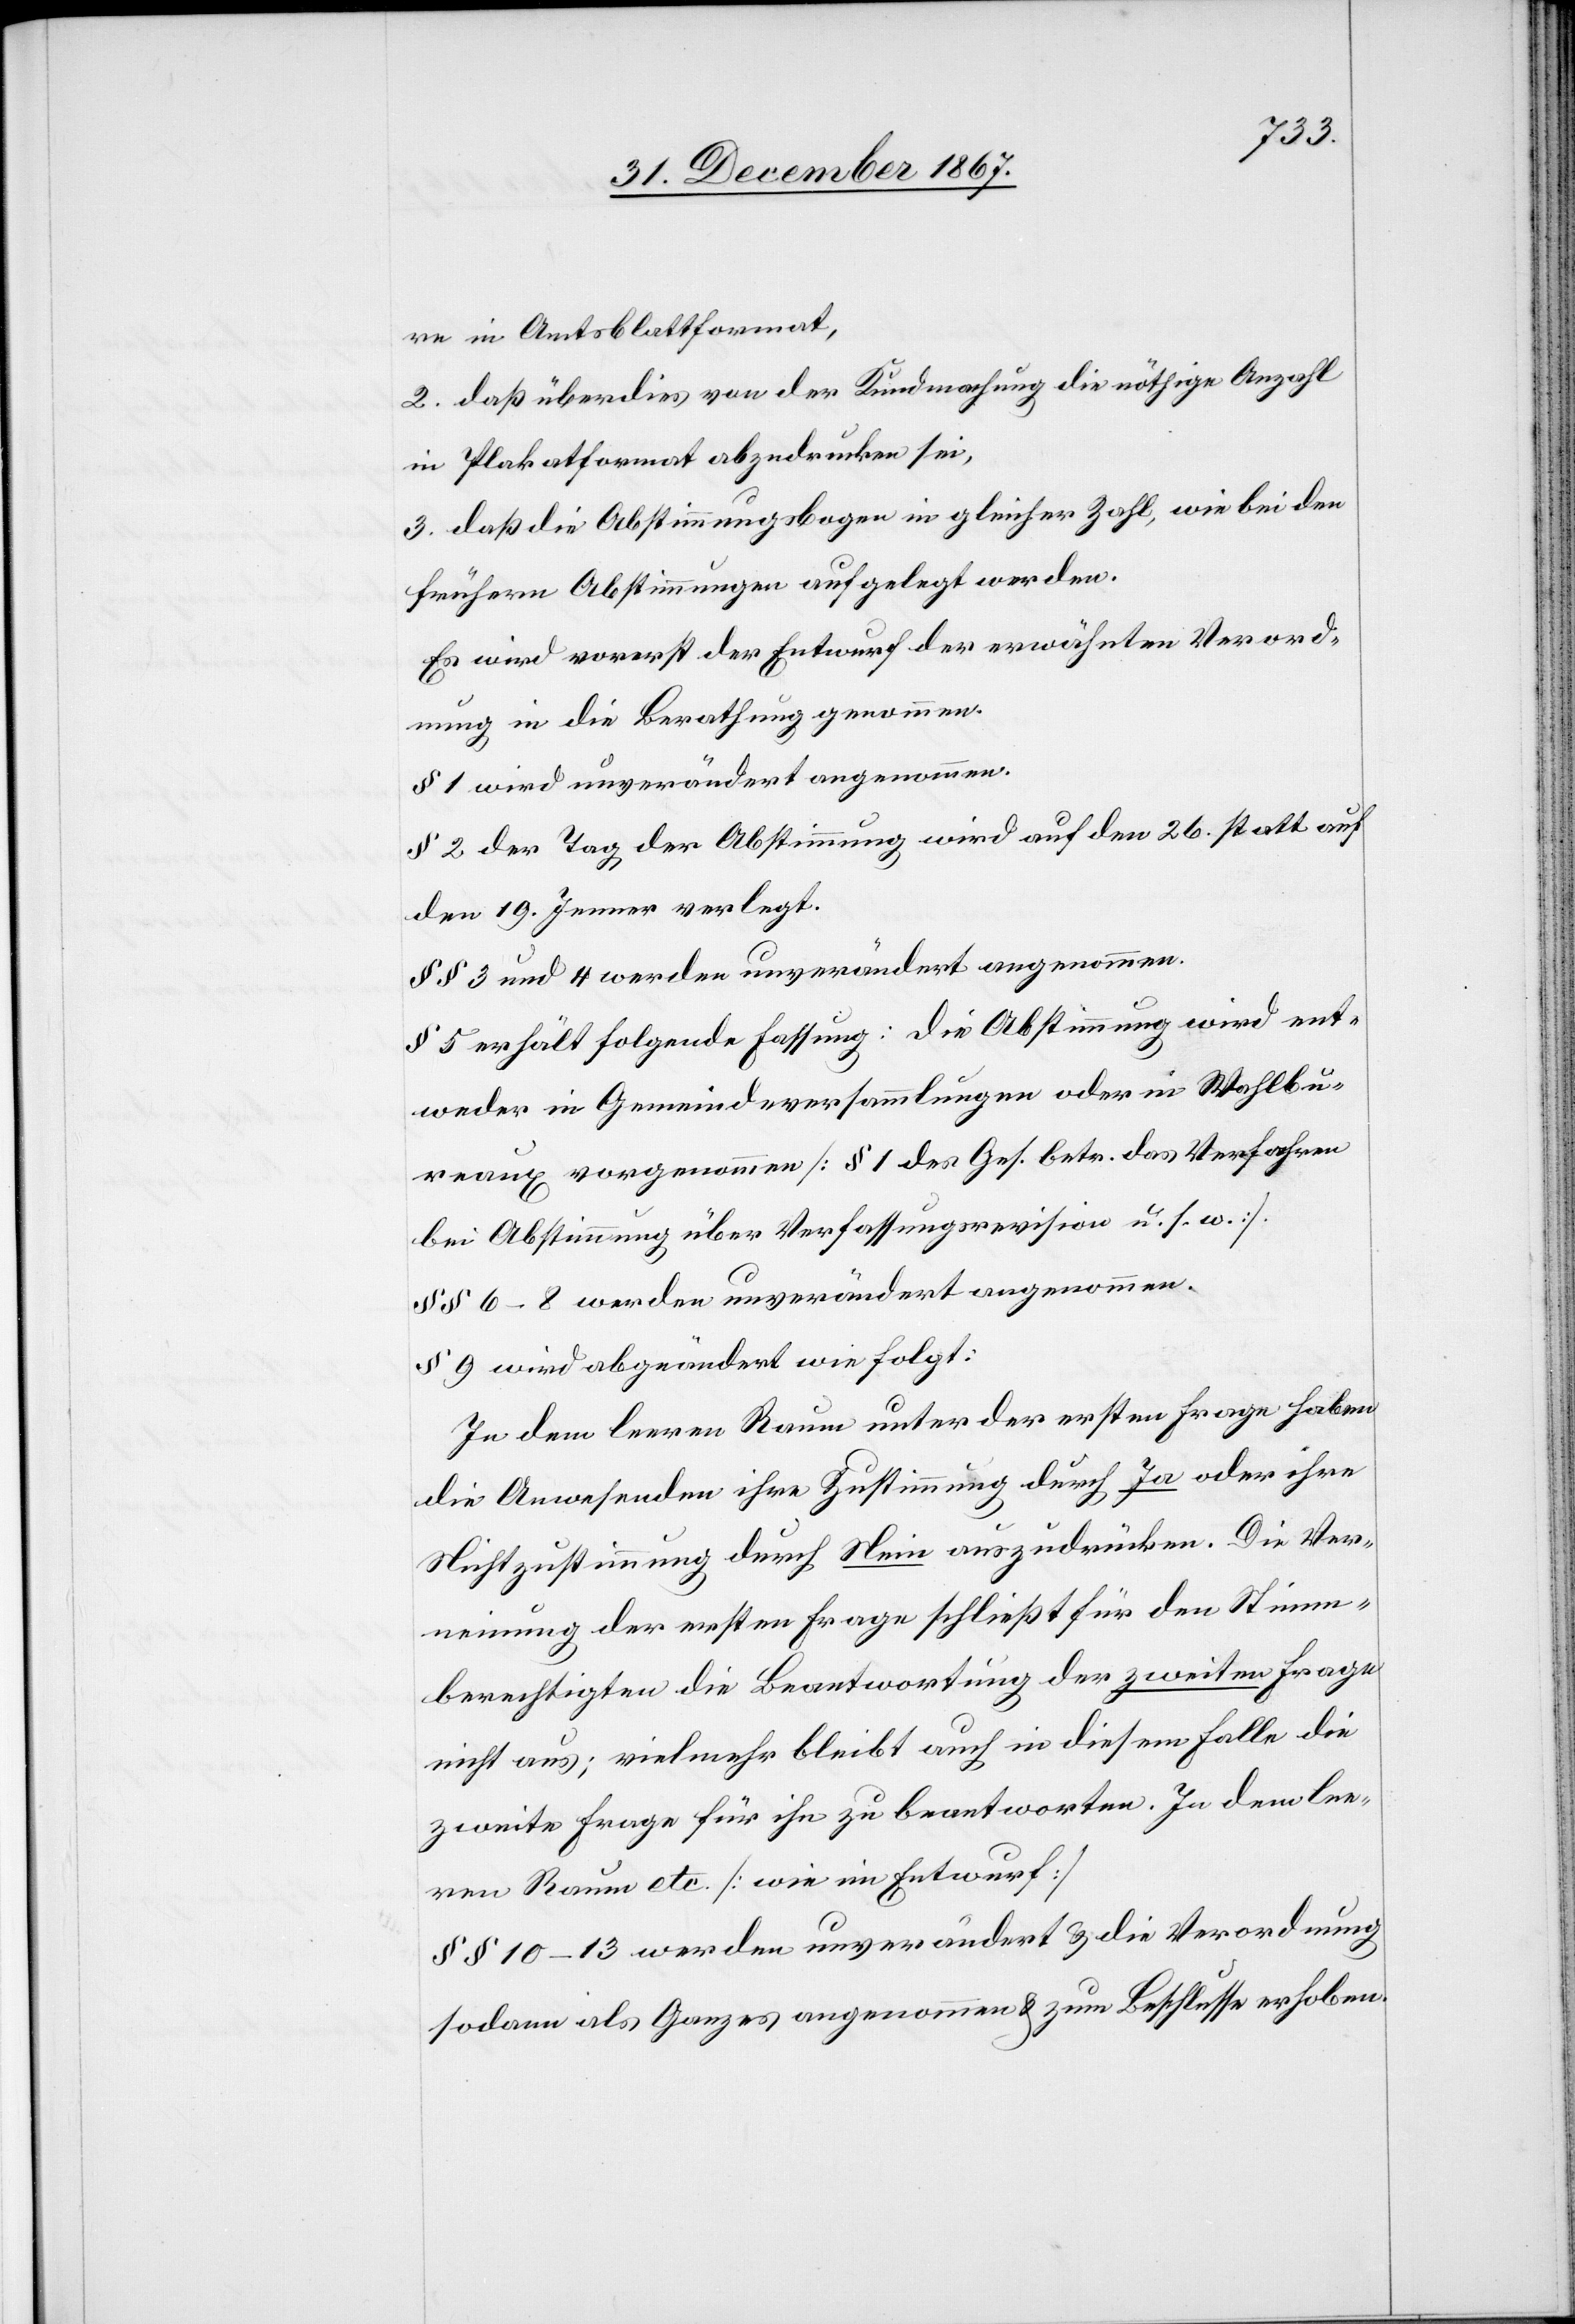
re im Amtsblattformat,
2. daß überdies von der Kundmachung die nöthige Anzahl
in Plakatformat abzudrucken sei,
3. daß die Abstimmungsbogen in gleicher Zahl, wie bei den
frühern Abstimmungen aufgelegt werden.
Es wird vorerst der Entwurf der erwähnten Verord¬
nung in die Berathung genommen.
§ 1 wird unverändert angenommen.
§ 2 der Tag der Abstimmung wird auf den 26. statt auf
den 19. Jenner verlegt.
§§ 3 und 4 werden unverändert angenommen.
§ 5 erhält folgende Fassung: die Abstimmung wird ent¬
weder in Gemeindeversammlungen oder in Wahlbu¬
reaux vorgenommen [§ 1 des Ges. betr. das Verfahren
bei Abstimmung über Verfassungsrevision u. s. w.]
§§ 6–8 werden unverändert angenommen.
§ 9 wird abgeändert wie folgt:
In dem leeren Raum unter der ersten Frage haben
die Anwesenden ihre Zustimmung durch Ja oder ihre
Nichtzustimmung durch Nein auszudrücken. Die Ver¬
neinung der ersten Frage schließt für den Stimm¬
berechtigten die Beantwortung der zweiten Frage
nicht aus; vielmehr bleibt auch in diesem Falle die
zweite Frage für ihn zu beantworten. In dem lee¬
ren Raum etc. [wie im Entwurf]
§ § 10–13 werden unverändert u. die Verordnung
sodann als Ganzes angenommen u. zum Beschluss erhoben.